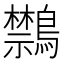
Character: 𪇎